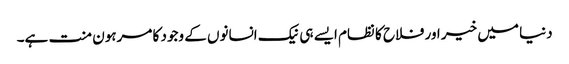
دنیا میں خیر اور فلاح کا نظام ایسے ہی نیک انسانوں کے وجود کا مرہون منت ہے۔